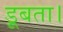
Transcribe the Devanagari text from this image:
डूबता।